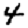
Digit: 4